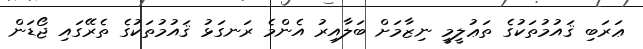
ޢަރަބި ޤައުމުތަކުގެ ތަޢުލީމީ ނިޒާމަށް ބަލާއިރު އެންމެ ރަނގަޅު ޤައުމުތަކުގެ ތެރޭގައި ޖޯޑަން